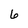
Character: 6